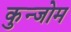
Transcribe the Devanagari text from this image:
कुन्जोम